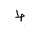
Letter: _da